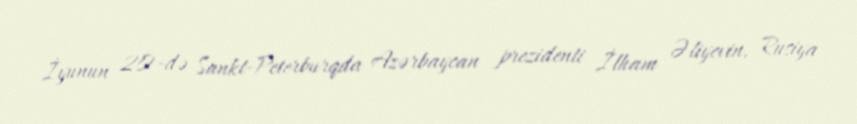
İyunun 20-də Sankt-Peterburqda Azərbaycan prezidenti İlham Əliyevin, Rusiya